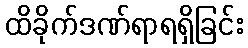
ထိခိုက်ဒဏ်ရာရရှိခြင်း